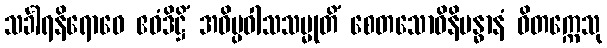
သင်္ခါရနိရောဓေ ဧဝံဒိဋ္ဌိံ အဝိပ္ပဝါသသမ္မုတိံ စေတသောဝိနိဗန္ဓာနံ ဝိတက္ကေသု